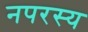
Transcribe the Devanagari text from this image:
नपरस्य